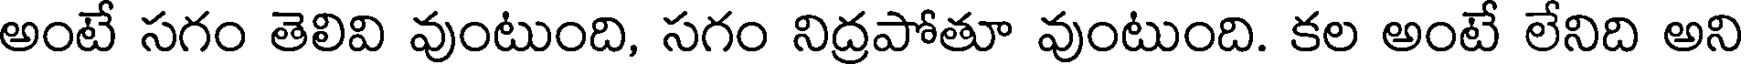
అంటే సగం తెలివి వుంటుంది, సగం నిద్రపోతూ వుంటుంది. కల అంటే లేనిది అని